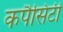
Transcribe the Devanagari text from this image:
कपैसिटी